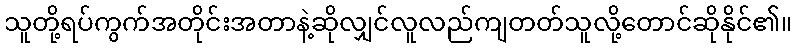
သူတို့ရပ်ကွက်အတိုင်းအတာနဲ့ဆိုလျှင်လူလည်ကျတတ်သူလို့တောင်ဆိုနိုင်၏။